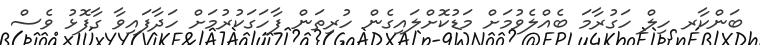
ބަންކާރ ހިލް ހަގުރާމަ ބެއްލެވުމަށް މަޑުކޮށްލައިގެން ހުރިތަން ފާހަގަކުރުމަށް ހަދާފައިވާ ގާފޮޅު ވެސް